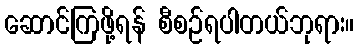
ဆောင်ကြဖို့ရန် စီစဉ်ရပါတယ်ဘုရား။